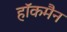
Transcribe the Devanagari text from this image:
हाॅकमैन